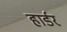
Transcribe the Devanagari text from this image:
हार्डर